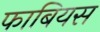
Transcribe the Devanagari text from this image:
फाबियस